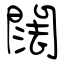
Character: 䦢